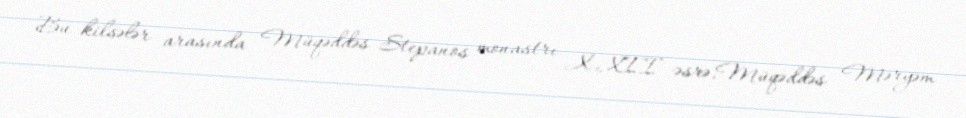
Bu kilsələr arasında Müqəddəs Stepanos monastrı X-XII əsrə,Müqəddəs Məryəm